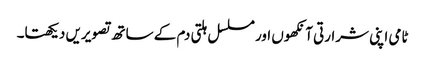
ٹامی اپنی شرارتی آنکھوں اور مسلسل ہلتی دم کے ساتھ تصویریں دیکھتا۔